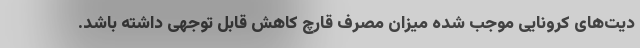
دیت‌های کرونایی موجب شده میزان مصرف قارچ کاهش قابل توجهی داشته باشد.